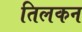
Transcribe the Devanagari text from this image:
तिलकन